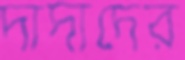
দাদাদের